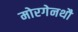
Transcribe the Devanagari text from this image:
मोरगेनथौ